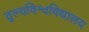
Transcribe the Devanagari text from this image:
तुल्यविश्वविद्यालय